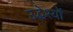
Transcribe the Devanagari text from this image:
उद्धेश्यों